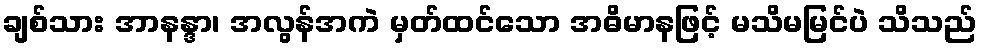
ချစ်သား အာနန္ဒာ၊ အလွန်အကဲ မှတ်ထင်သော အဓိမာနဖြင့် မသိမမြင်ပဲ သိသည်